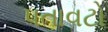
પતાવટો